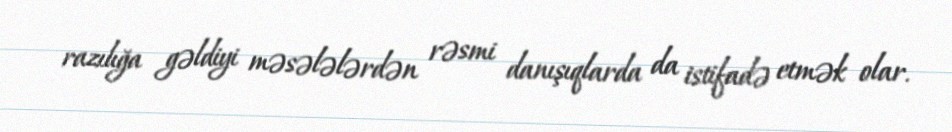
razılığa gəldiyi məsələlərdən rəsmi danışıqlarda da istifadə etmək olar.